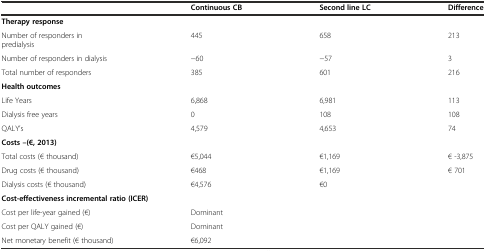
<table><thead><tr><td></td><td><b>Continuous CB</b></td><td><b>Second line LC</b></td><td><b>Difference</b></td></tr></thead><tbody><tr><td colspan="4"><b>Therapy response</b></td></tr><tr><td>Number of responders in predialysis</td><td>445</td><td>658</td><td>213</td></tr><tr><td>Number of responders in dialysis</td><td>−60</td><td>−57</td><td>3</td></tr><tr><td>Total number of responders</td><td>385</td><td>601</td><td>216</td></tr><tr><td colspan="4"><b>Health outcomes</b></td></tr><tr><td>Life Years</td><td>6,868</td><td>6,981</td><td>113</td></tr><tr><td>Dialysis free years</td><td>0</td><td>108</td><td>108</td></tr><tr><td>QALY’s</td><td>4,579</td><td>4,653</td><td>74</td></tr><tr><td colspan="4"><b>Costs –(€, 2013)</b></td></tr><tr><td>Total costs (€ thousand)</td><td>€5,044</td><td>€1,169</td><td>€ -3,875</td></tr><tr><td>Drug costs (€ thousand)</td><td>€468</td><td>€1,169</td><td>€ 701</td></tr><tr><td>Dialysis costs (€ thousand)</td><td>€4,576</td><td>€0</td><td></td></tr><tr><td colspan="4"><b>Cost-effectiveness incremental ratio (ICER)</b></td></tr><tr><td>Cost per life-year gained (€)</td><td colspan="3">Dominant</td></tr><tr><td>Cost per QALY gained (€)</td><td colspan="3">Dominant</td></tr><tr><td>Net monetary benefit (€ thousand)</td><td colspan="3">€6,092</td></tr></tbody></table>